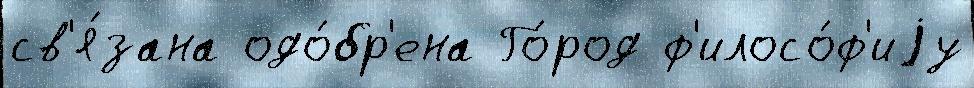
св'я́зана одо́бр'ена Го́род ф'илосо́ф'иjу